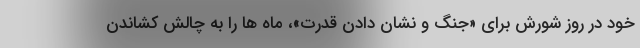
خود در روز شورش برای «جنگ و نشان دادن قدرت»، ماه ها را به چالش کشاندن